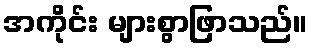
အကိုင်း များစွာဖြာသည်။